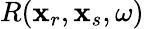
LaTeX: R(\textbf{x}_{r},\textbf{x}_{s},\omega)